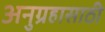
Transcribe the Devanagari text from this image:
अनुग्रहासाठी